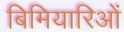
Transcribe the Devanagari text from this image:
बिमियारिओं